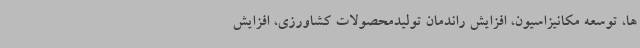
ها، توسعه مکانیزاسیون، افزایش راندمان تولیدمحصولات کشاورزی، افزایش